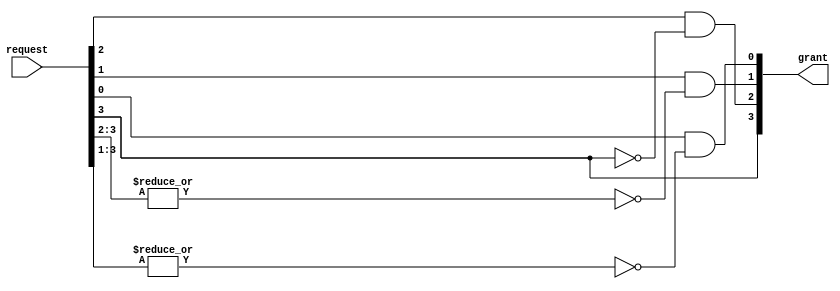
`timescale 1ns / 1ps

module Fixed_Priority_Arbiter  #(parameter NumRequests=4)(
  input [NumRequests-1:0] request,
  output [NumRequests-1:0] grant
);
    assign grant[NumRequests-1] = request[NumRequests-1];
    genvar i;

    for (i = NumRequests-2; i >=0; i = i - 1) begin
      assign grant[i] = request [i] && (~(|(request[NumRequests-1:i+1])));
    end

endmodule